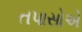
તપાસોએ